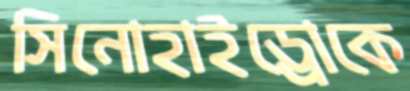
সিনোহাইড্রোকে